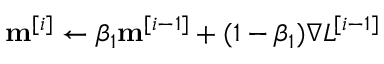
\mathbf { m } ^ { [ i ] } \leftarrow \beta _ { 1 } \mathbf { m } ^ { [ i - 1 ] } + ( 1 - \beta _ { 1 } ) \nabla L ^ { [ i - 1 ] }